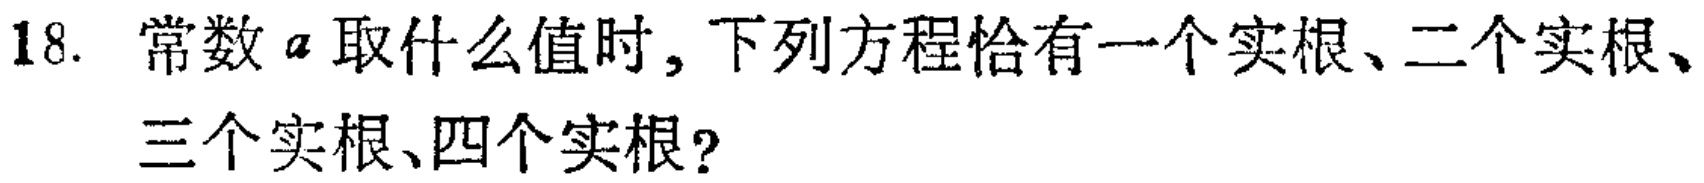
18. 常数 \(a\) 取什么值时, 下列方程恰有一个实根、二个实根、三个实根、四个实根?